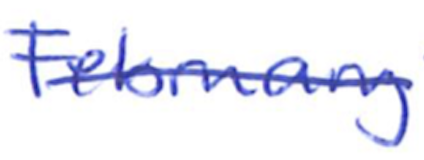
Text: February
Cross-out: single-line
Writing tool: ballpoint